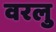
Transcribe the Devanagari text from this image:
वरलु